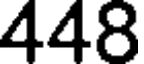
448